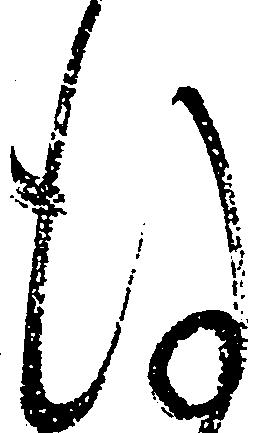
謹